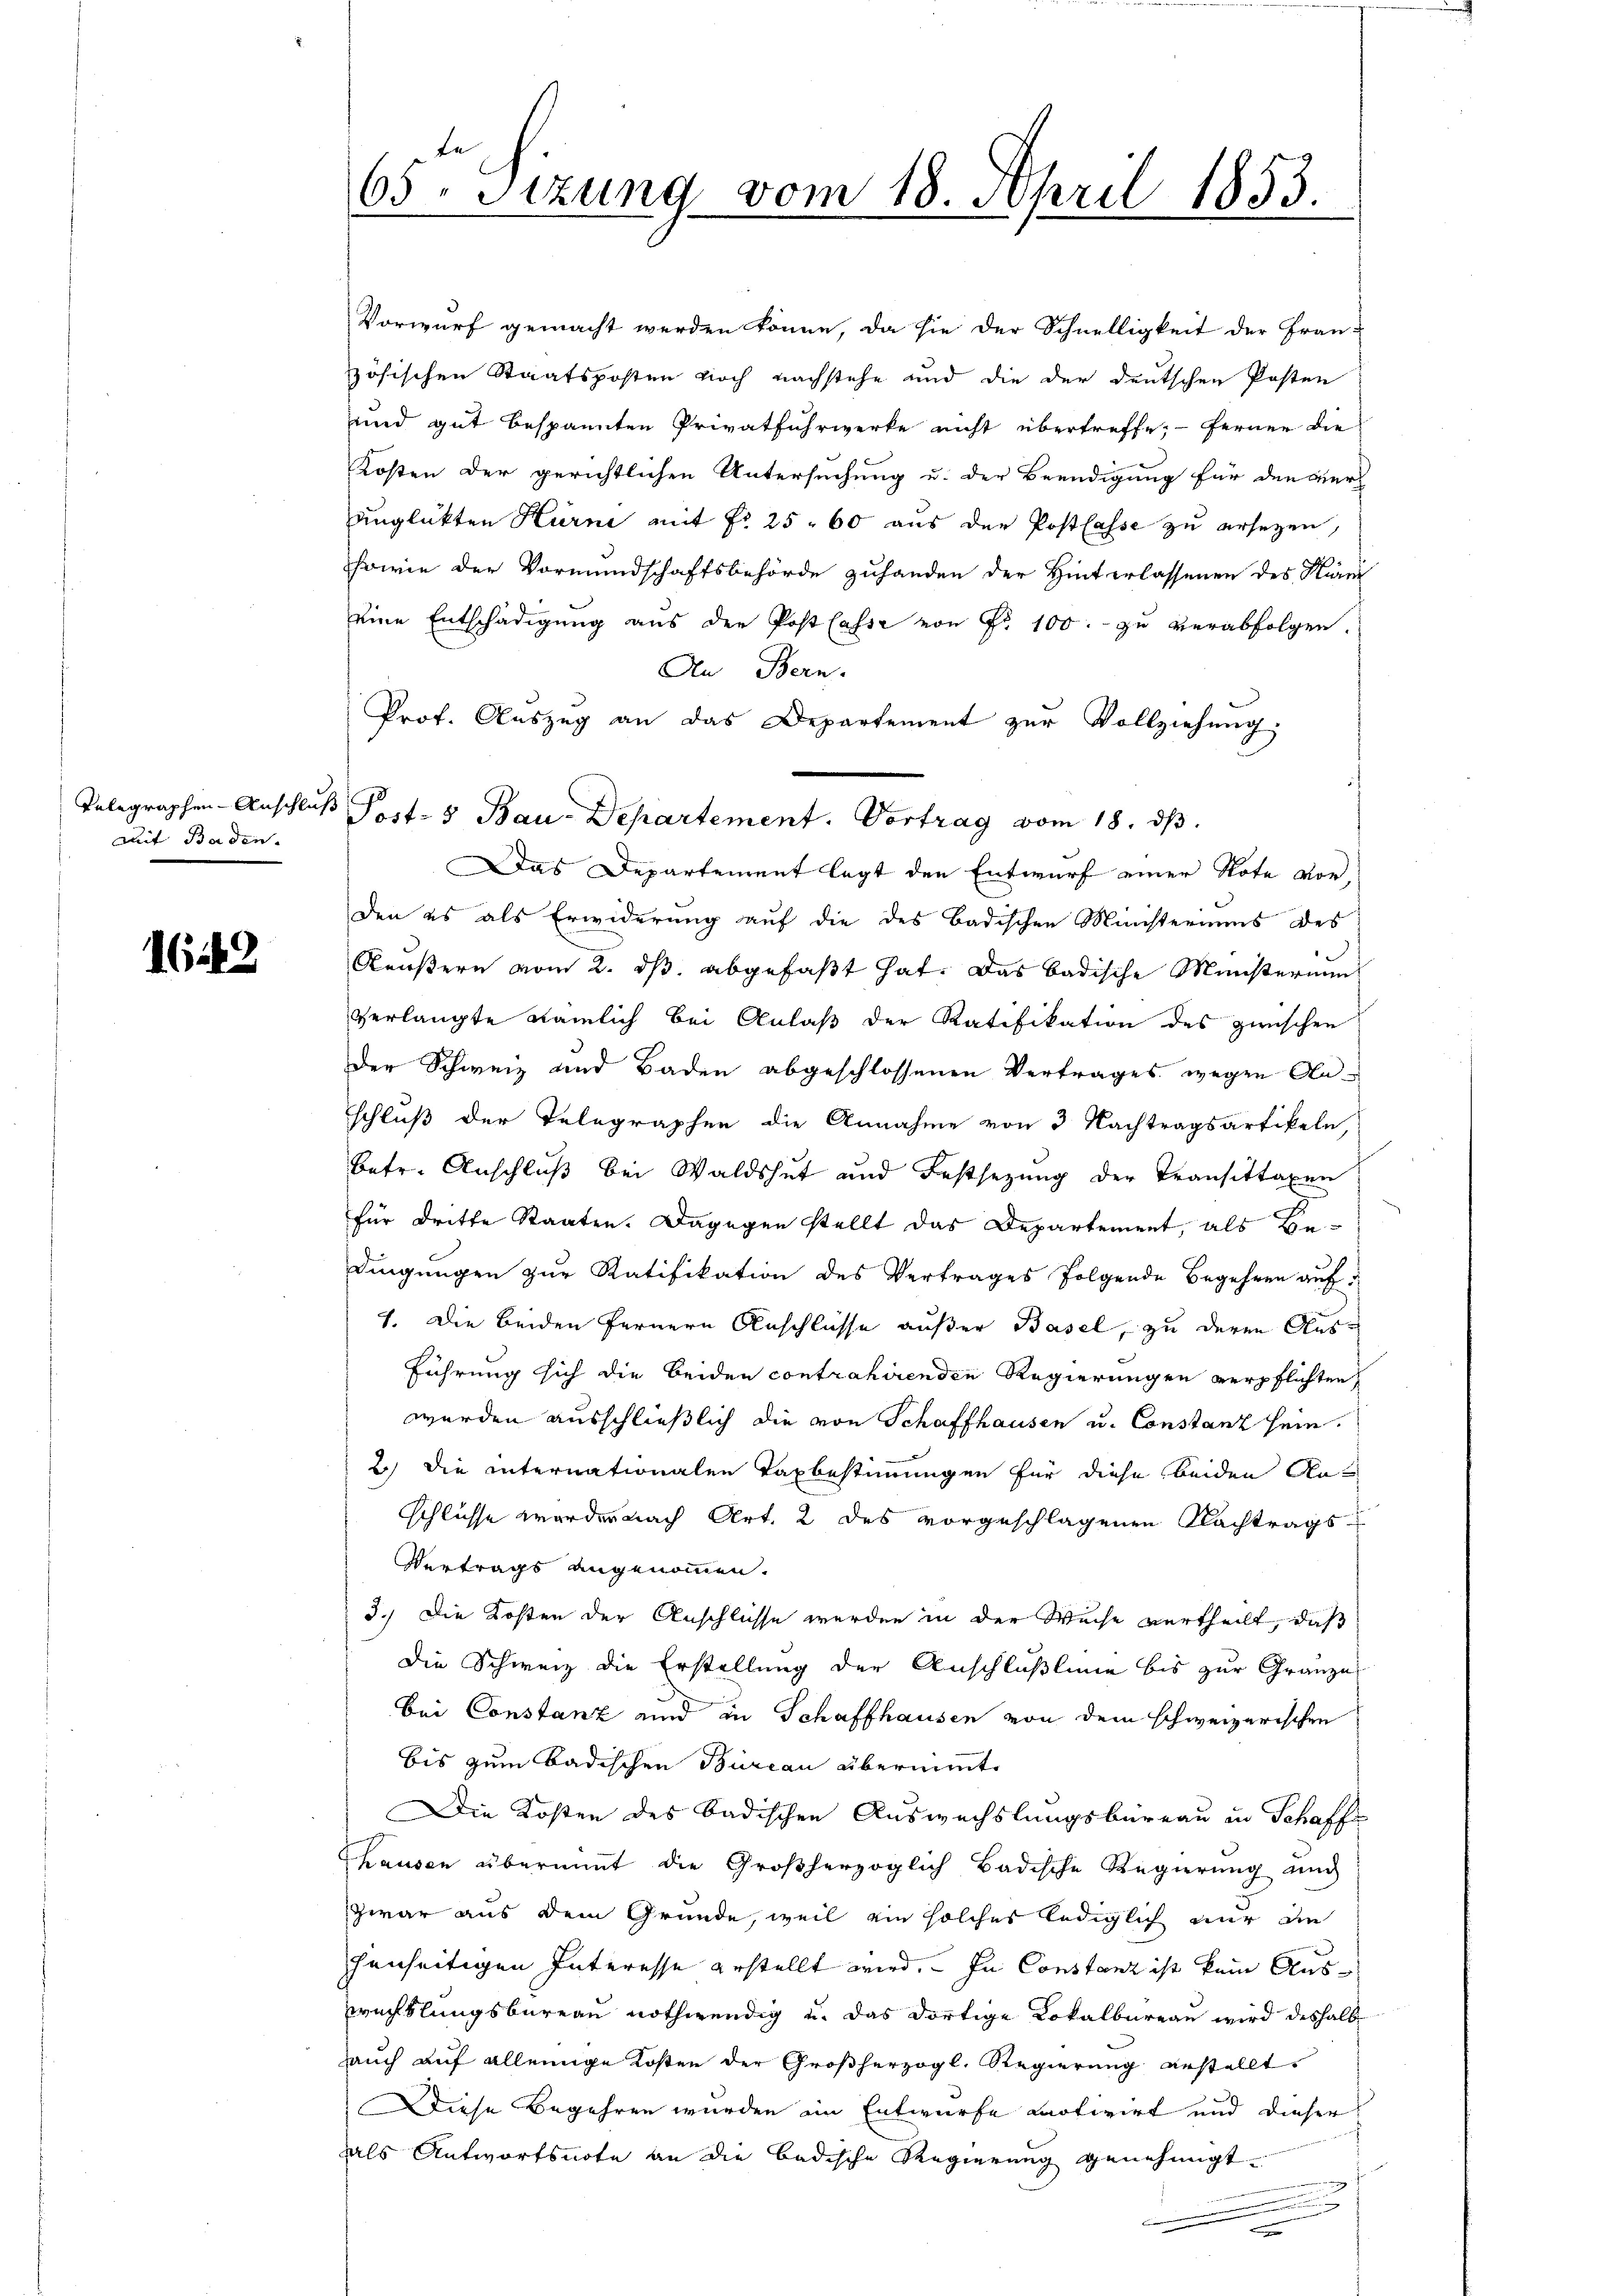
Telegraphen-Anschlie
Mit Baden.

642

65. Sitzung vom 18. April 1853.

Vorwurf gemacht werden könne, da sie der Schnelligkeit der Fran-
zösischen Staatsposten noch nachstehe und die der deutschen Posten
und gut bespannten Privatfuhrwerke nicht übertreffe; ferner die
Kosten der gerichtlichen Untersuchung u. der Beendigung für den Berl
unglükten Hürne mit fr. 25. 60 aus der Postlasse zu ersezen,
7
sowie der Vormundschaftsbehörde zuhanden der Hinterlassenen des Nam
eine Entschädigŭng aus der Post lasse von Fr. 100. zŭ verabfolgen.
An Bern.
Prof. Aŭszŭg an das Departement zŭr Vollziehung;
Das Departement legt den Entwurf einer Note vor
den es als Erwiderung auf die des Badischen Ministeriums des
Reußern vom 2. ds. abgefaßt hat. Das badische Ministerium
verlangte nämlich bei Anlaß der Ratifikation des zwischen
der Schweiz und Baden abgeschlossenen Vertrages wegen Anschluß der Telegraphen die Annahme von 3 Nachtragsartikeln,
betr. Anschluß bei Waldshut und Festsezung der Transittaxen
für Dritte Staaten. Dagegen stellt das Departement, als Be-
dingungen zur Ratifikation des Vertrages folgende Begehren auf
7. Die beiden fernern Anschlüsse außer Basel, zu deren Aus¬
Führung sich die beiden contrahirenden Regierungen verpflichten,
werden ausschließlich die von Schaffhausen u. Constanz sein.
2.) Die internationalen Taxbestimmungen für diese beiden An¬
Schlüsse worden nach Art. 2 des vorgeschlagenen Nachtrags¬
Vertrags angenommen.
3.) Die Kosten der Anschlüsse werden in der Weise vertheilt, daß
Die Schweiz die Erstellung der Anschlußlung bis zur Gränze
bei Constanz und in Schaffhausen von dem schweizerischen
bis zum Badischen Büreau übernimmte
Die Kosten des Badischen Auswechslungsbureau in Schaffe
hausen übernimmt die Großherzoglich Badische Regierŭng auch
zwar aus dem Grunde, weil ein solches lediglich nur die
henseitigen Interesse gestellt wird. In Constanz ist kein Auswachslungsbureau nothwendig u. das dortige Lokalbureau wird deshalb
auch auf alleinige Kosten der Großherzogl. Regierung erstellt.
Diese Begehren wurden im Entwurfe laotivirt und dieser
als Antwortsnote an die badische Regierung genehmigt.
n

B Post- & Bau-Departement. Vortrag vom 18. ds.